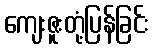
ကျေးဇူးတုံ့ပြန်ခြင်း